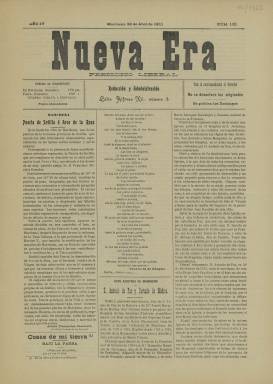
Título: Nueva era (Marchena)
Colección: Periódicos
Ámbito geográfico: Sevilla
Lugar de publicación: Marchena [Sevilla]
Fechas: 23/04/1911-23/04/1911